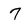
Character: 7